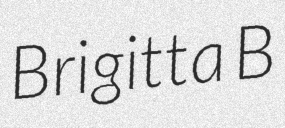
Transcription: Brigitta B